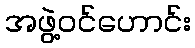
အဖွဲ့ဝင်ဟောင်း